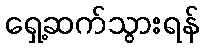
ရှေ့ဆက်သွားရန်